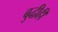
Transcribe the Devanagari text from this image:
बुद्धीही